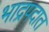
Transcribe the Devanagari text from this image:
भाद्रपदात